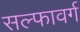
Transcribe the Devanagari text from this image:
सल्फावर्ग